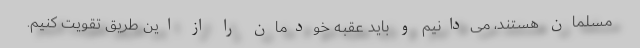
مسلمان هستند، می‌دانیم و باید عقبه خودمان را از این طریق تقویت کنیم.